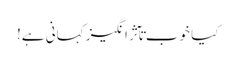
کیا خوب تآثر انگیز کہانی ہے!